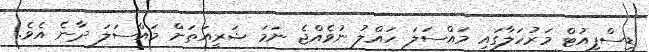
ޑިސްޕިއުޓް މަރުހަލާގައި މައްސަލަ ހައްލު ނުވެއްޖެ ނަމަ ޝަރީއަތަށް މައްސަލަ ދާނެ އެވެ.